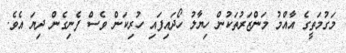
މަގުމަތީގެ އާއްމު މަންޒަރުތަކުން ހިޔާލު ހޯދައިފައި ހުރިކަން ވެސް ފެނިގެން ދިޔަ އެވެ.